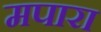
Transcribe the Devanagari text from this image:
मपारा